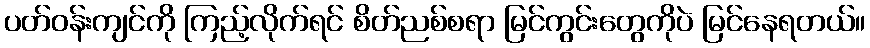
ပတ်ဝန်းကျင်ကို ကြည့်လိုက်ရင် စိတ်ညစ်စရာ မြင်ကွင်းတွေကိုပဲ မြင်နေရတယ်။